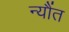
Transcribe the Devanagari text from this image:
न्यौंत